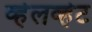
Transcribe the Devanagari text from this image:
व्हेलव्हेट